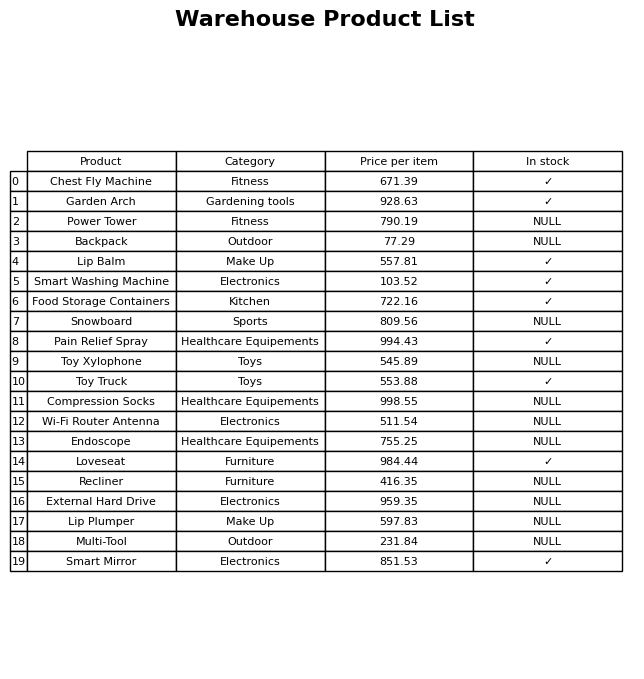
question: What is the price for Pain Relief Spray?
answer: The price of Pain Relief Spray is 994.43.